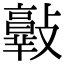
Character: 𣀦